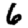
Digit: 6